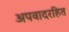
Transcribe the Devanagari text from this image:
अपवादरहित